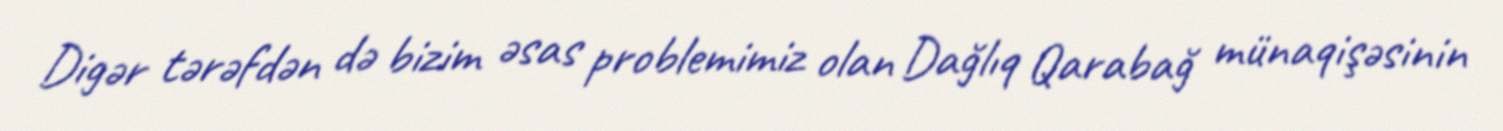
Digər tərəfdən də bizim əsas problemimiz olan Dağlıq Qarabağ münaqişəsinin